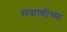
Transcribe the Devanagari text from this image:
सवाष्णींच्या